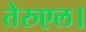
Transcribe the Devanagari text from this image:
तेरुएल।